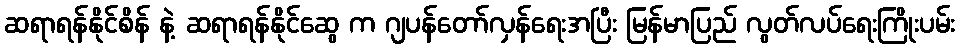
ဆရာရန်နိုင်စိန် နဲ့ ဆရာရန်နိုင်ဆွေ က ဂျပန်တော်လှန်ရေးအပြီး မြန်မာပြည် လွတ်လပ်ရေးကြိုးပမ်း